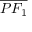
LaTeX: \overline { { P F _ { 1 } } }